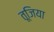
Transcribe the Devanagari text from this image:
तूजिया